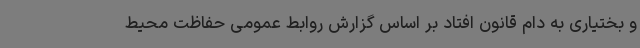
و بختیاری به دام قانون افتاد بر اساس گزارش روابط عمومی حفاظت محیط‌